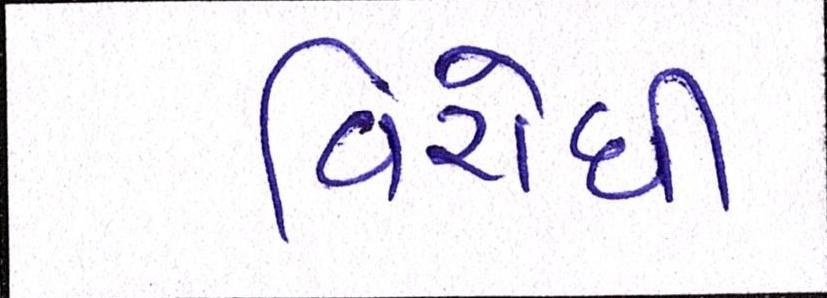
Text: વિરોધી